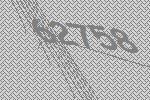
62758